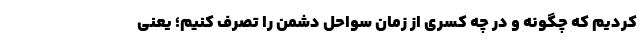
کردیم که چگونه و در چه کسری از زمان سواحل دشمن را تصرف کنیم؛ یعنی